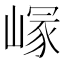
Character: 𡺪